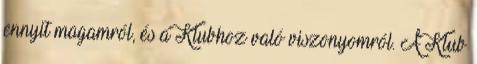
ennyit magamról, és a Klubhoz való viszonyomról. A Klub